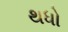
થધો